Vaccination in the Punjab 1883-1896 - 1883-1896
Year: 1883
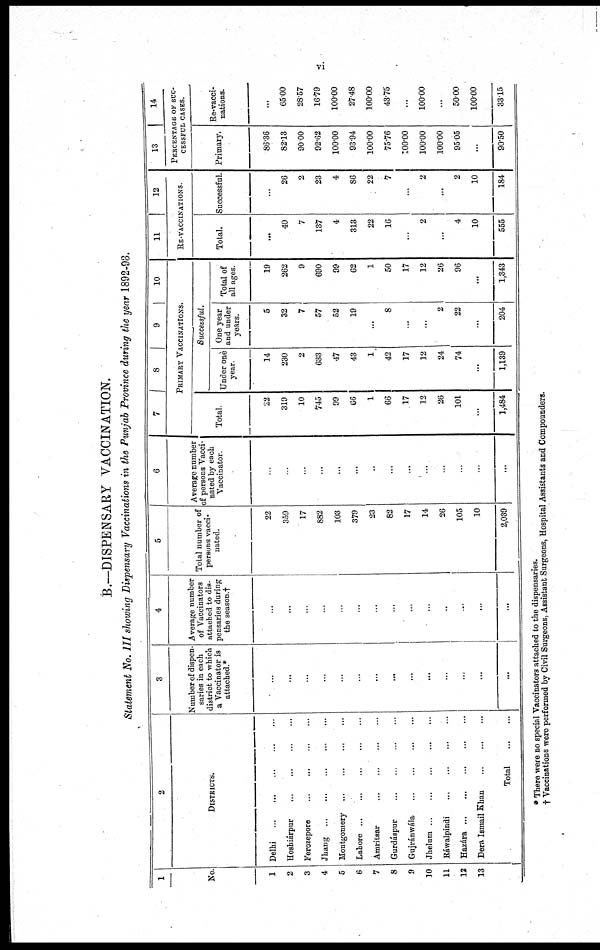
vi
B.—DISPENSARY VACCINATION.
Statement No. III showing Dispensary Vaccinations in the Punjab Province during the year 1892-93.
1
No.
1
2
3
4
5
6
7
8
9
10
11
12
13
2
DISTRICTS.
Delhi
...
...
...
...
...
Hoshiárpur ... ... ... ...
Ferozepore
...
...
...
...
Jhang
...
...
...
...
Montgomery
...
...
...
...
Lahore ... ... ... ... ...
Amritsar
...
...
...
...
Gurdáspur
...
...
...
...
Gujránwála
...
...
...
...
Jhelum
...
...
...
...
...
Ráwalpindi
...
...
...
...
Hazára
...
...
...
...
...
Dera Ismail Khan
...
...
...
Total
...
...
3
Number of dispen-
saries in each
district to which
a Vaccinator is
attached.*
...
...
...
...
...
...
...
...
...
...
...
...
...
...
4
Average number
of Vaccinators
attached to dis-
pensaries during
the season.†
...
...
...
...
...
...
...
...
...
...
...
...
...
...
5
Total number of
persons vacci-
nated.
22
359
17
882
103
379
23
82
17
14
26
105
10
2,039
6
Average number
of persons Vacci-
nated by each
Vaccinator
...
...
...
...
...
...
...
...
...
...
...
...
...
...
7 8 9 10
PRIMARY VACCINATIONS.
Total
22
319
10
745
99
66
1
66
17
12
26
101
...
1,484
Successful.
Under one
year.
14
230
2
633
47
43
1
42
17
12
24
74
...
1,139
One year
and under
years.
5
32
7
57
52
19
...
8
...
...
2
22
...
204
Total of
all ages.
19
262
9
690
99
62
1
50
17
12
26
96
...
1,343
11
12
RE-VACCINATIONS
Total.
...
40
7
137
4
313
22
16
...
2
...
4
10
555
Successful.
...
26
2
23
4
86
22
7
...
2
...
2
10
184
13
14
PERCENTAGE OF SUC-
------- CASES.
Primary.
86.36
82.13
90.00
92.62
100.00
93.94
100.00
75.76
100.00
100.00
100.00
95.05
...
90.50
Re-vacci-
nations.
...
65.00
28.57
16.79
100.00
27.48
100.00
43.75
...
100.00
...
50.00
100.00
33.15
* There were no special Vaccinators attached to the dispensaries.
† Vaccinations were performed by Civil Surgeons, Assistant Surgeons, Hospital Assistants and Compounders.